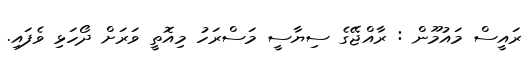
ރައީސް މައުމޫން : ރާއްޖޭގެ ސިޔާސީ މަސްރަހު މިއޮތީ ވަރަށް ދޯހަޅި ވެފައި.